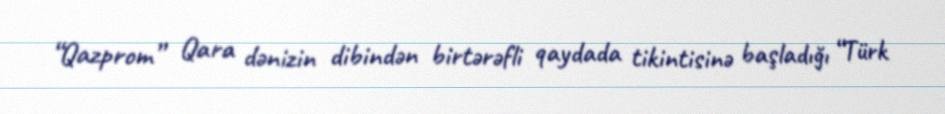
“Qazprom” Qara dənizin dibindən birtərəfli qaydada tikintisinə başladığı “Türk